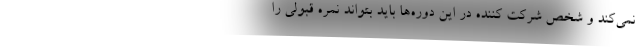
نمی‌کند و شخص شرکت کننده در این دوره‌ها باید بتواند نمره قبولی را